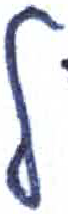
אות: ל